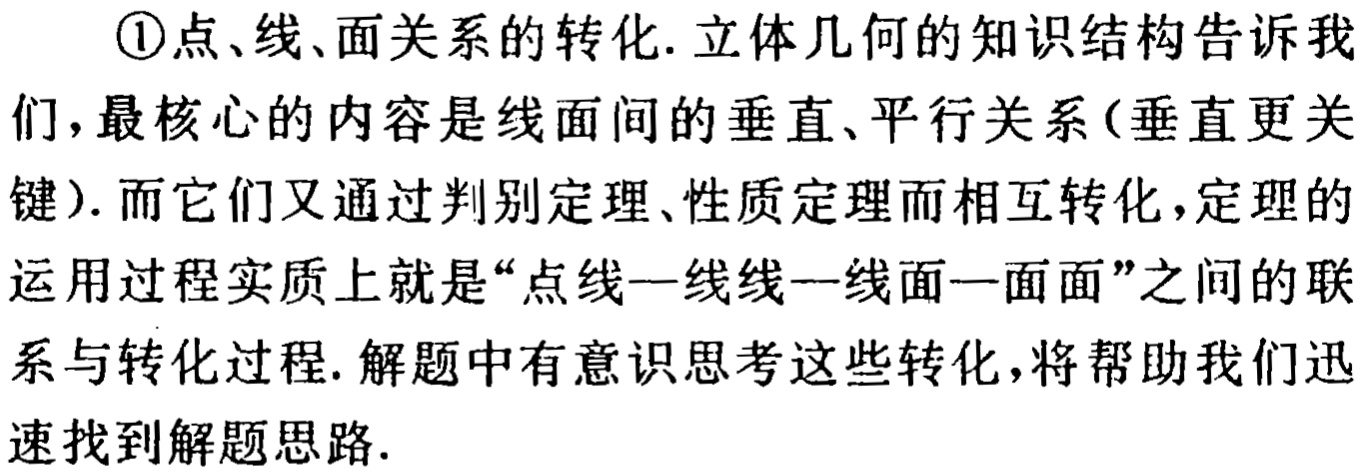
\textcircled{1}点、线、面关系的转化. 立体几何的知识结构告诉我们，最核心的内容是线面间的垂直、平行关系(垂直更关键). 而它们又通过判别定理、性质定理而相互转化，定理的运用过程实质上就是“点线—线线—线面—面面”之间的联系与转化过程. 解题中有意识思考这些转化，将帮助我们迅速找到解题思路.